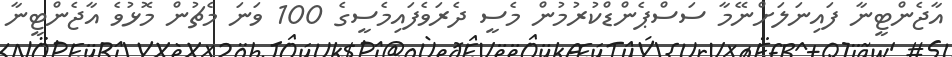
އާޖެންޓީނާ ފައިނަލަށްނޭމާ ސަސްޕެންޑްކުރުމުން މެސީ ދެރަވެފައިމެސީގެ 100 ވަނަ މެޗުން މޮޅުވެ އާޖެންޓީނާ